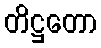
တိဋ္ဌတော